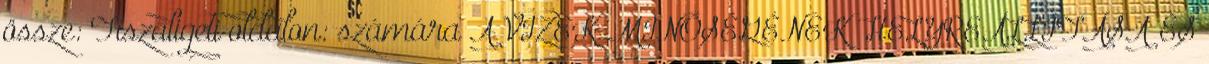
össze: Tiszaligeti oldalon: számára A VIZEK MINŐSÉGÉNEK HELYREÁLLÍTÁSA ÉS